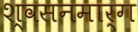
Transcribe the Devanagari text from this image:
श्‍वसनमार्ग